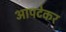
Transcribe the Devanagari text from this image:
आपटेकर